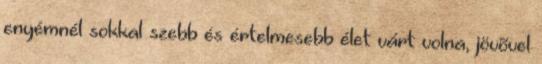
enyémnél sokkal szebb és értelmesebb élet várt volna, jövõvel